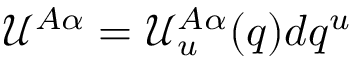
{ \mathcal U } ^ { A \alpha } = { \mathcal U } _ { u } ^ { A \alpha } ( q ) d q ^ { u }